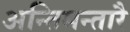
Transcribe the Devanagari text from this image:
अन्तिमन्तारै